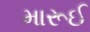
મારૂઈ